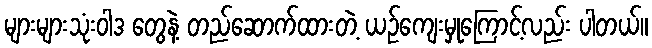
များများသုံးဝါဒ တွေနဲ့ တည်ဆောက်ထားတဲ့ ယဉ်ကျေးမှုကြောင့်လည်း ပါတယ်။